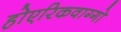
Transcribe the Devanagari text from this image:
होएरिकवाग्गो